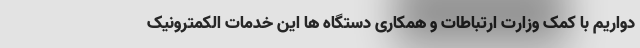
دواریم با کمک وزارت ارتباطات و همکاری دستگاه ها این خدمات الکمترونیک